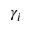
\gamma _ { i }